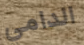
الدامي